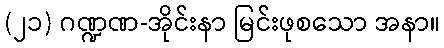
(၂၁) ဂဏ္ဍဏ-အိုင်းနာ မြင်းဖုစသော အနာ။